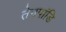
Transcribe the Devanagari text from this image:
तेनपांडि